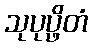
သုပုပ္ဖိတံ